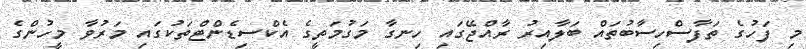
މި ފަހުގެ ތަފާސްހިސާބުތައް ބަލާއިރު ރާއްޖޭގައި ހިނގާ މަގުމަތީގެ އެކްސިޑެންޓްތަކުގައި މަރުވާ މީހުންގެ